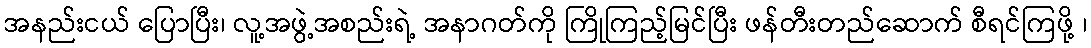
အနည်းငယ် ပြောပြီး၊ လူ့အဖွဲ့အစည်းရဲ့ အနာဂတ်ကို ကြိုကြည့်မြင်ပြီး ဖန်တီးတည်ဆောက် စီရင်ကြဖို့ ၊